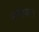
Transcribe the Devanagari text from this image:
परिगणन।